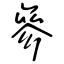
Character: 參